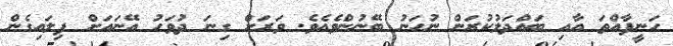
ހަނީފާއްތަ އާއި ބައްދަލުކުރަން ނުހަނު ބޭނުންވެއެވެ. ވަރަށް ގިނަ ދުވަހު އޭނައަށް ފިލައިގެން